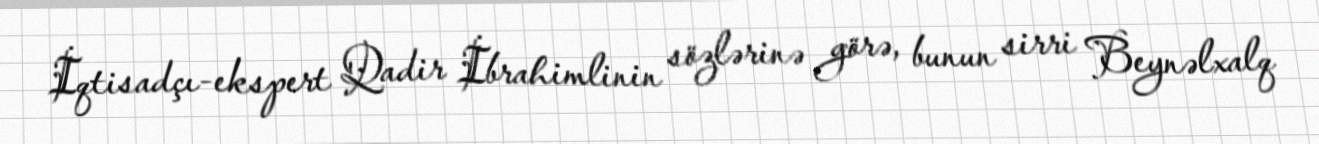
İqtisadçı-ekspert Qadir İbrahimlinin sözlərinə görə, bunun sirri Beynəlxalq